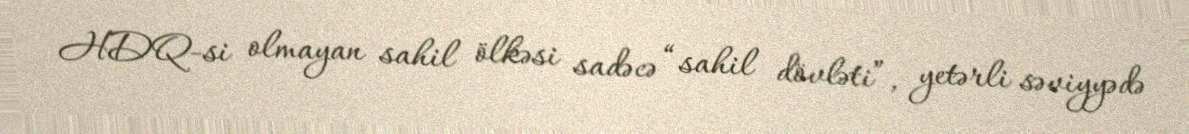
HDQ-si olmayan sahil ölkəsi sadəcə “sahil dövləti”, yetərli səviyyədə